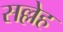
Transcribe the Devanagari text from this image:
सल्लेह